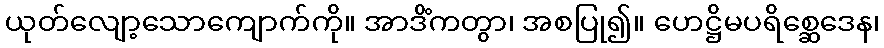
ယုတ်လျော့သောကျောက်ကို။ အာဒိံကတွာ၊ အစပြု၍။ ဟေဋ္ဌိမပရိစ္ဆေဒေန၊